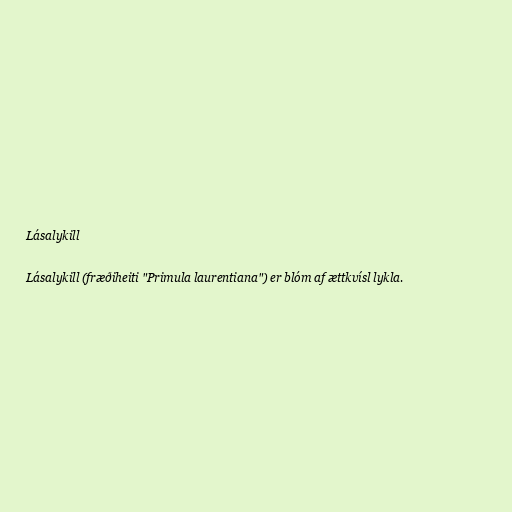
Lásalykill

Lásalykill (fræðiheiti "Primula laurentiana") er blóm af ættkvísl lykla.